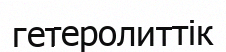
гетеролиттік